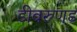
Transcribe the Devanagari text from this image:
डीवरुणड